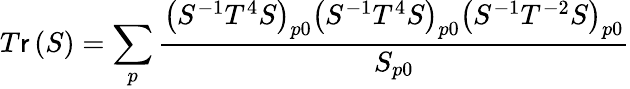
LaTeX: T\mathsf{r}\left(S\right)=\sum_{p}\frac{{\left(S^{-1}T^{4}S\right)_{p0}\left(S^{-1}T^{4}S\right)_{p0}\left(S^{-1}T^{-2}S\right)_{p0}}}{{S_{p0}}}